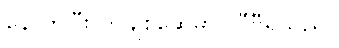
နောက်ပြီး ကိုချစ်ဆွေမှာ တီဗွီရှိသည်။